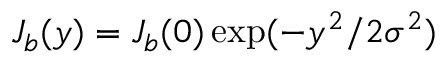
J _ { b } ( y ) = J _ { b } ( 0 ) \exp ( - y ^ { 2 } / 2 \sigma ^ { 2 } )